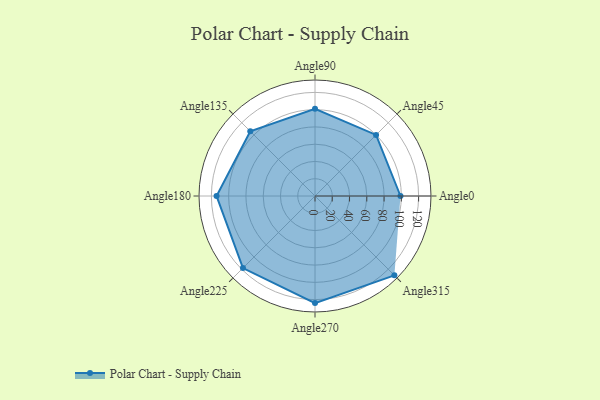
{"axis": {"x": "Angle", "y": "Radius"}, "legend": [""], "data": [{"x": "Angle0", "y": 99.0, "type": ""}, {"x": "Angle45", "y": 100.0, "type": ""}, {"x": "Angle90", "y": 101.0, "type": ""}, {"x": "Angle135", "y": 106.0, "type": ""}, {"x": "Angle180", "y": 114.0, "type": ""}, {"x": "Angle225", "y": 118.0, "type": ""}, {"x": "Angle270", "y": 124.0, "type": ""}, {"x": "Angle315", "y": 130.0, "type": ""}]}